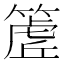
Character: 𮅽